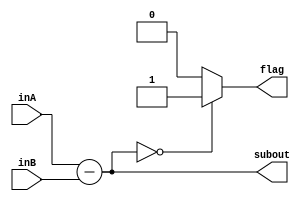
`timescale 1ns / 1ps
//////////////////////////////////////////////////////////////////////////////////
// Company: 
// Engineer: 
// 
// Design Name: 
// Module Name: SUB
// Project Name: 
// Target Devices: 
// Tool Versions: 
// Description: 
// 
// Dependencies: 
// 
// Revision:
// Revision 0.01 - File Created
// Additional Comments:
// 
//////////////////////////////////////////////////////////////////////////////////


module SUB(inA, inB, subout, flag);
    input [31:0] inA;
    input [31:0] inB;
    output reg [31:0] subout;
    output reg flag;
    
    always@(*) begin
        subout = inA-inB;
        if(subout==0)
            flag = 1;
        else
            flag = 0;
    end
endmodule